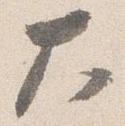
大